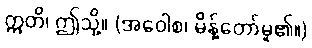
ဣတိ၊ ဤသို့။ (အဝေါစ၊ မိန့်တော်မူ၏။)